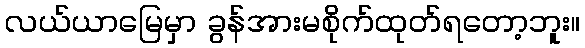
လယ်ယာမြေမှာ ခွန်အားမစိုက်ထုတ်ရတော့ဘူး။